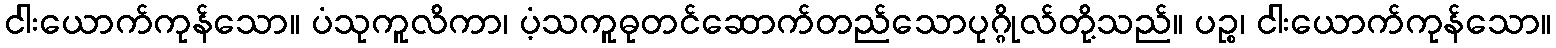
ငါးယောက်ကုန်သော။ ပံသုကူလိကာ၊ ပံ့သကူဓုတင်ဆောက်တည်သောပုဂ္ဂိုလ်တို့သည်။ ပဉ္စ၊ ငါးယောက်ကုန်သော။